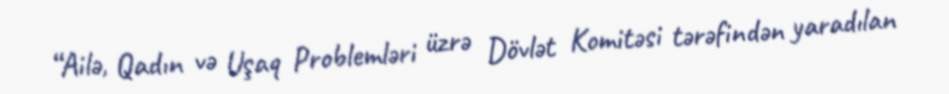
“Ailə, Qadın və Uşaq Problemləri üzrə Dövlət Komitəsi tərəfindən yaradılan